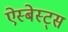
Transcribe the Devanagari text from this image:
ऐस्बेस्ट्स